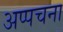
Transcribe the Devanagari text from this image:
अप्पचना